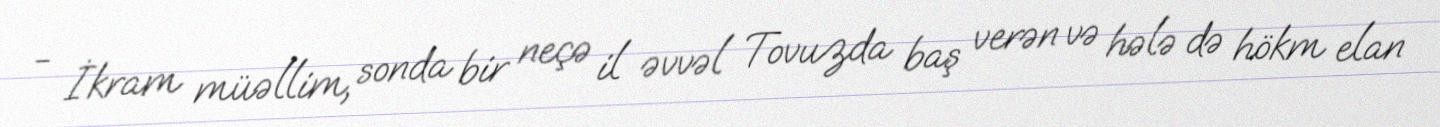
- İkram müəllim, sonda bir neçə il əvvəl Tovuzda baş verən və hələ də hökm elan